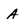
Character: A